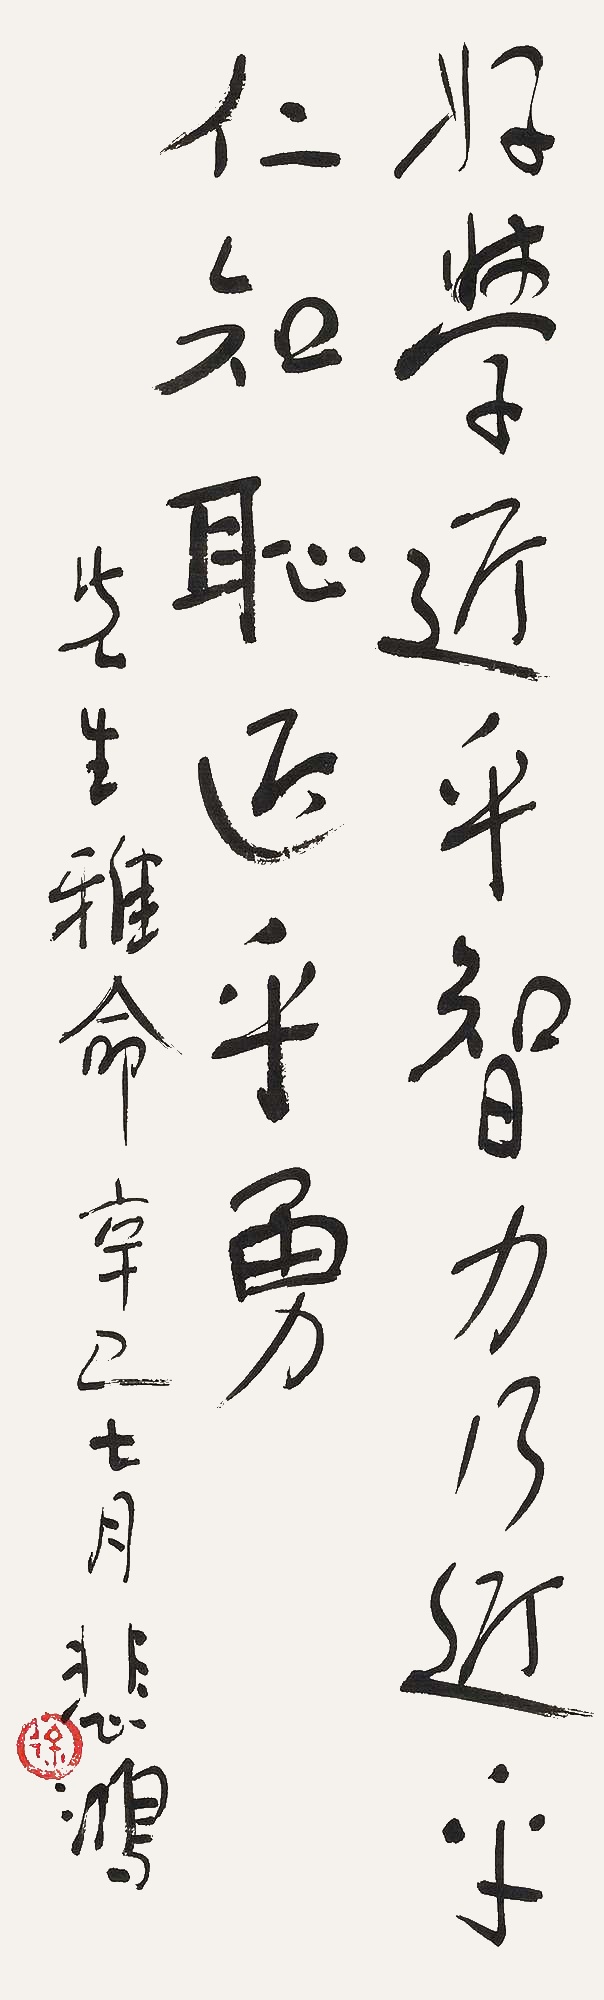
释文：好学近乎智力乃近乎仁智近乎勇。□□先生雅命，辛巳七月，悲鸿。